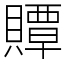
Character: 贉